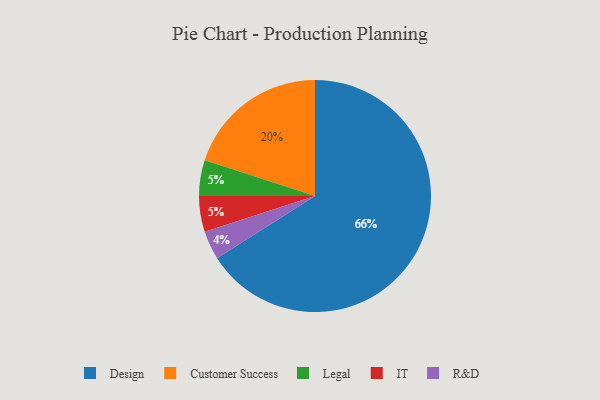
{"axis": {"x": "Category", "y": "Percentage"}, "legend": ["Customer Success", "Design", "IT", "Legal", "R&D"], "data": [{"x": "Design", "y": 66, "type": "Design"}, {"x": "R&D", "y": 4, "type": "R&D"}, {"x": "Legal", "y": 5, "type": "Legal"}, {"x": "IT", "y": 5, "type": "IT"}, {"x": "Customer Success", "y": 20, "type": "Customer Success"}]}